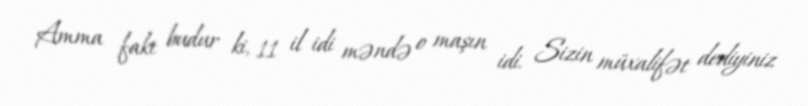
Amma fakt budur ki, 11 il idi məndə o maşın idi. Sizin müxalifət dediyiniz